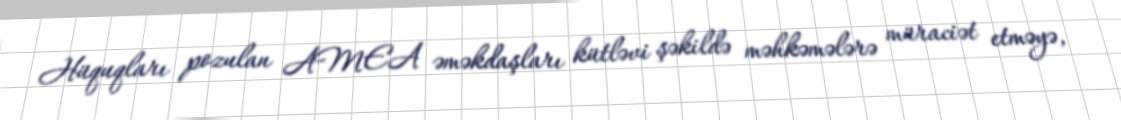
Hüquqları pozulan AMEA əməkdaşları kütləvi şəkildə məhkəmələrə müraciət etməyə,